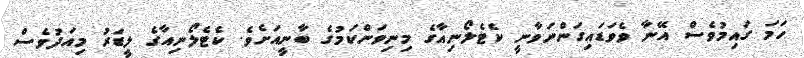
ހަމަ ގައިމުވެސް އޭނާ ވެވަޑައިގަންނަވާނީ ކެޓެލޯނިއާގެ މިނިވަންކަމުގެ ބާނީއަށެވެ. ކެޓެލޯނިއާގެ ލީޑަރު މިއަދުވެސް